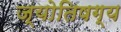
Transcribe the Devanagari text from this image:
ज्योतिषग्य